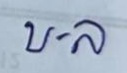
บ . ล